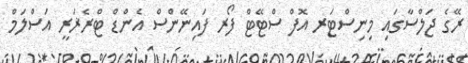
ރޭގެ ޖަލްސާގައި މިނިސްޓަރ އޮފް ސްޓޭޓް ފޯރ ފައިނޭންސް އެންޑް ޓްރެޜަރީ އަސްލަމް